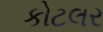
કોટલર